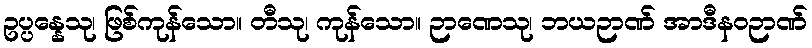
ဥပ္ပန္နေသု၊ ဖြစ်ကုန်သော။ တီသု၊ ကုန်သော။ ဉာဏေသု၊ ဘယဉာဏ် အာဒီနဝဉာဏ်